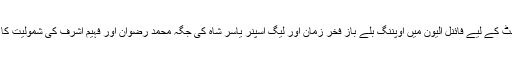
تیسرے ٹیسٹ کے لیے فائنل الیون میں اوپننگ بلے باز فخر زمان اور لیگ اسپنر یاسر شاہ کی جگہ محمد رضوان اور فہیم اشرف کی شمولیت کا امکان ہے۔